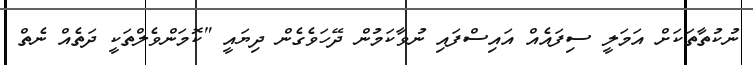
ނުކުތާތަކަށް އަމަލީ ސިފައެއް އައިސްފައި ނުވާކަމުން ދޭހަވެގެން ދިޔައީ "ކޮމަންވެލްތަކީ ދަތެއް ނެތް